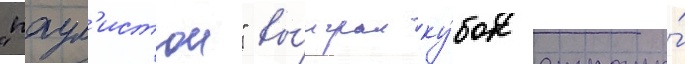
"паул'истои" вы́играл ку́бок страны́